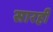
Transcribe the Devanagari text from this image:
सारही